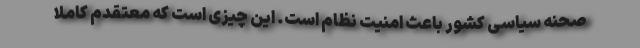
صحنه سیاسی کشور باعث امنیت نظام است. این چیزی است که معتقدم کاملا